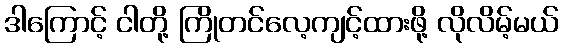
ဒါကြောင့် ငါတို့ ကြိုတင်လေ့ကျင့်ထားဖို့ လိုလိမ့်မယ်